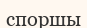
споршы